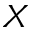
X